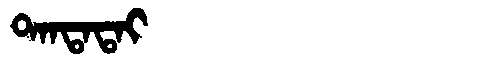
Manchu: ᡨᠠᠨᡨᠠᡨᠠᡳ
Romanization: TANTATAI